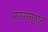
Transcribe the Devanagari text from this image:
सरपरस्ताने